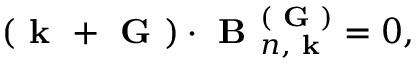
( \textbf { k } + \textbf { G } ) \cdot \textbf { B } _ { n , \textbf { k } } ^ { ( \textbf { G } ) } = 0 ,